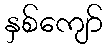
နှစ်ကျော်